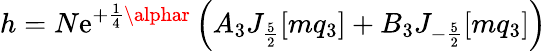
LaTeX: h=N\mathrm{e}^{+\frac{{1}}{{4}}\alphar}\left(A_{3}J_{\frac{{5}}{{2}}}[mq_{3}]+B_{3}J_{-\frac{{5}}{{2}}}[mq_{3}]\right)